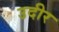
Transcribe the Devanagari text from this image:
उदीर